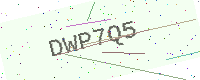
Text: DWP7Q5